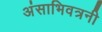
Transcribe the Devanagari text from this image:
अंसाभिवत्रनी